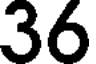
36